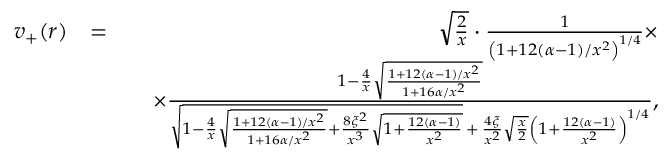
\begin{array} { r l r } { v _ { + } ( r ) } & { = } & { \sqrt { \frac { 2 } { x } } \cdot \frac { 1 } { \left( 1 + 1 2 ( \alpha - 1 ) / x ^ { 2 } \right) ^ { 1 / 4 } } \times } \\ & { } & { \quad \times \frac { 1 - \frac { 4 } { x } \sqrt { \frac { 1 + 1 2 ( \alpha - 1 ) / x ^ { 2 } } { 1 + 1 6 \alpha / x ^ { 2 } } } } { \sqrt { 1 - \frac { 4 } { x } \sqrt { \frac { 1 + 1 2 ( \alpha - 1 ) / x ^ { 2 } } { 1 + 1 6 \alpha / x ^ { 2 } } } + \frac { 8 \xi ^ { 2 } } { x ^ { 3 } } \sqrt { 1 + \frac { 1 2 ( \alpha - 1 ) } { x ^ { 2 } } } } \, + \, \frac { 4 \xi } { x ^ { 2 } } \sqrt { \frac { x } { 2 } } \left( 1 + \frac { 1 2 ( \alpha - 1 ) } { x ^ { 2 } } \right) ^ { 1 / 4 } } , } \end{array}